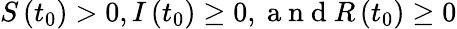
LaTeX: S\left(t_{0}\right)>0,I\left(t_{0}\right)\geq 0,\mathrm{~a~n~d~}R\left(t_{0}\right)\geq 0